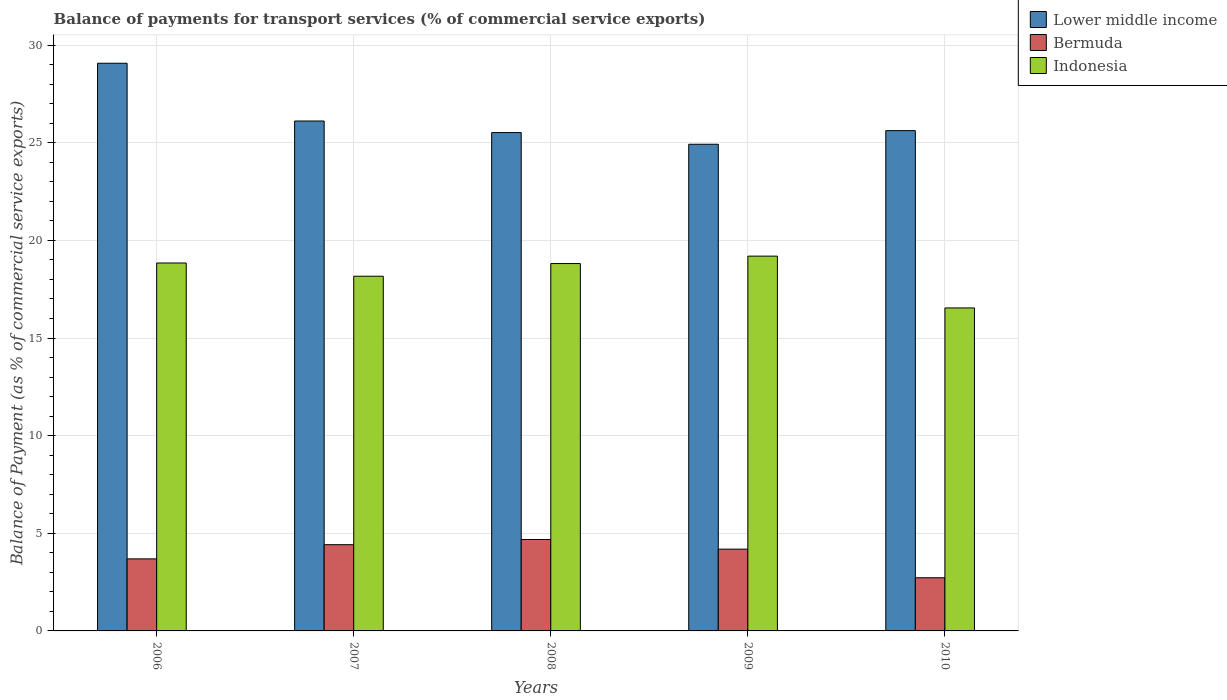
| Years | Lower middle income | Bermuda | Indonesia |
 | --- | --- | --- | --- |
 | 2006 | 29.1 | 3.69 | 18.8 |
 | 2007 | 26.1 | 4.42 | 18.2 |
 | 2008 | 25.5 | 4.68 | 18.8 |
 | 2009 | 24.9 | 4.19 | 19.2 |
 | 2010 | 25.6 | 2.72 | 16.5 |